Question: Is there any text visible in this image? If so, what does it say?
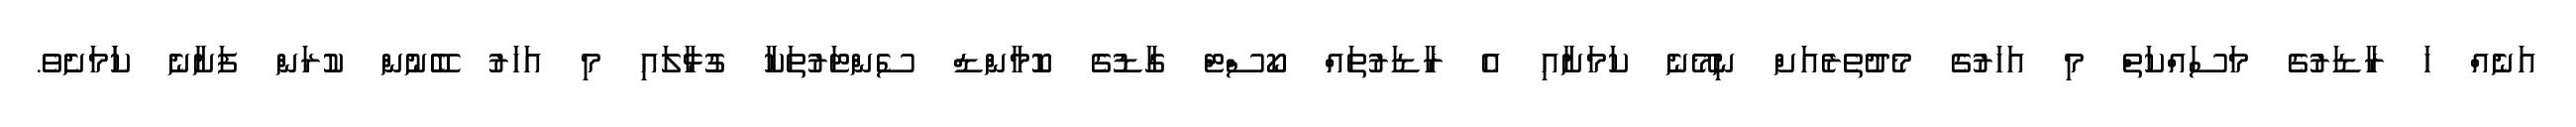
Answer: އަނެއް ހަ ރާޑަރުގެ މަސައްކަތް މި އަހަރުގެ މެދުތެރެއަށް ނިމޭނެ ކަމަށާއި އެ ރާޑަރުތައް ކޯސްޓް ގާޑުގެ ކޮމާންޑް ސެންޓަރުތަކާ ގުޅާލައި މި އަހަރު ބޭނުން ކުރަން ފަށާނެ ކަަމަށެވެ.